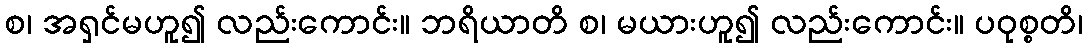
စ၊ အရှင်မဟူ၍ လည်းကောင်း။ ဘရိယာတိ စ၊ မယားဟူ၍ လည်းကောင်း။ ပဝုစ္စတိ၊